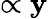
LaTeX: \propto\mathbf{y}